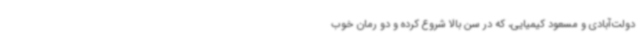
دولت‌آبادی و مسعود کیمیایی، که در سن بالا شروع کرده و دو رمان خوب